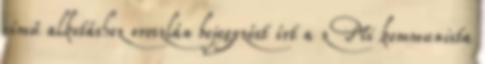
című alkotáshoz oroszlán bejegyzést írt a z Mi kommunista